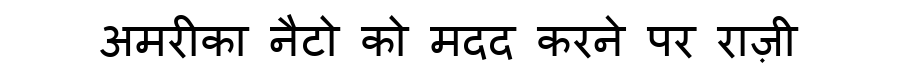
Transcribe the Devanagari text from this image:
अमरीका नैटो को मदद करने पर राज़ी